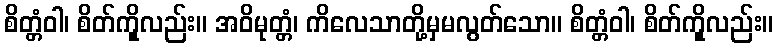
စိတ္တံဝါ၊ စိတ်ကိုူလည်း။ အဝိမုတ္တံ၊ ကိလေသာတို့မှမလွတ်သော။ စိတ္တံဝါ၊ စိတ်ကိုူလည်း။